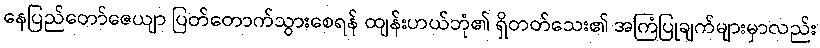
နေပြည်တော်ဇေယျာ ပြတ်တောက်သွားစေရန် ထျန်းဟယ်ဘုံ၏ ရှိတတ်သေး၏ အကြံပြုချက်များမှာလည်း